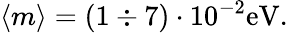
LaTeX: \langle m\rangle=(1\div 7)\cdot 10^{-2}\mathrm{eV}.